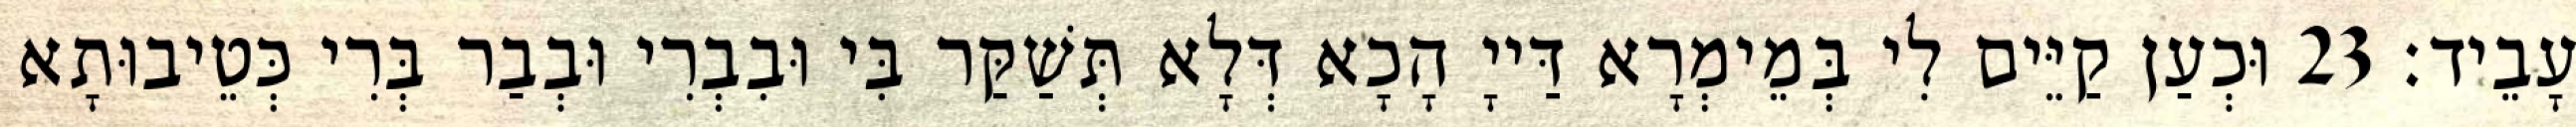
עָבֵיד׃ 23 וּכְעַן קַיֵּים לִי בְּמֵימְרָא דַּייָ הָכָא דְּלָא תְּשַׁקַּר בִּי וּבִבְרִי וּבְבַר בְּרִי כְּטֵיבוּתָא